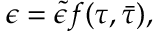
\epsilon = \tilde { \epsilon } f ( \tau , \bar { \tau } ) ,